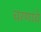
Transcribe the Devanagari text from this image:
चरणाचे